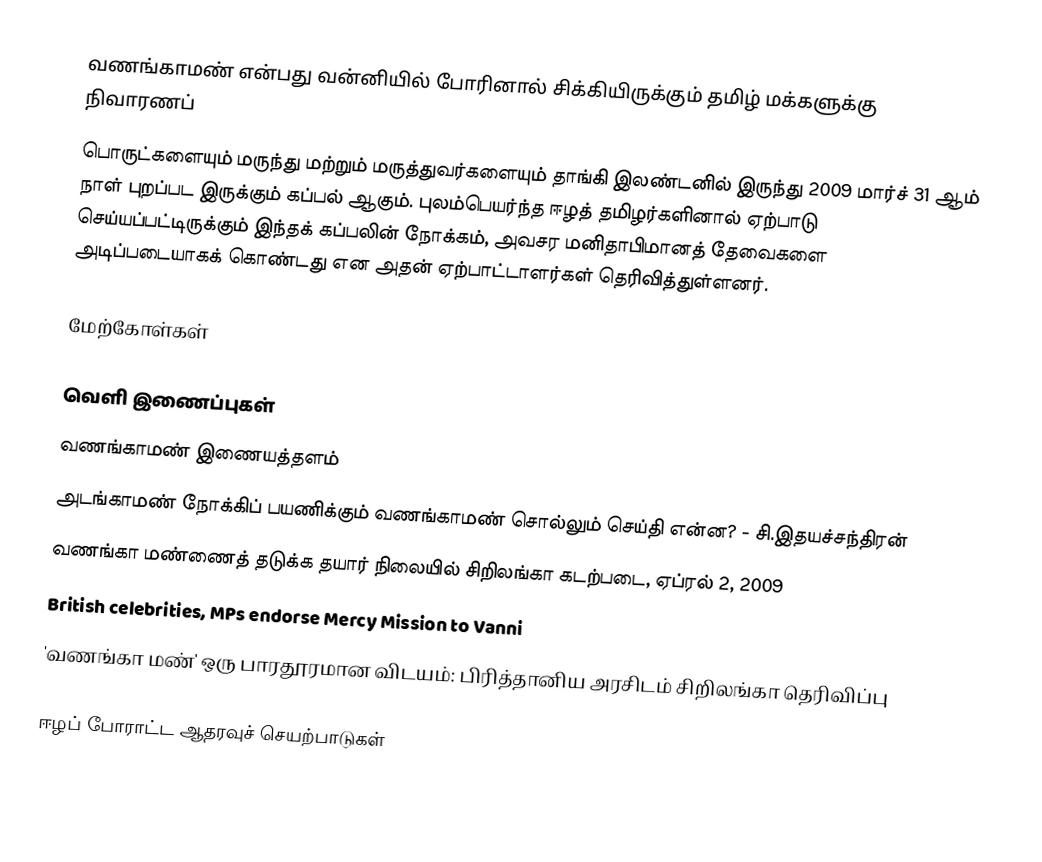
வணங்காமண் என்பது வன்னியில் போரினால் சிக்கியிருக்கும் தமிழ் மக்களுக்கு நிவாரணப்
பொருட்களையும் மருந்து மற்றும் மருத்துவர்களையும் தாங்கி இலண்டனில் இருந்து 2009 மார்ச் 31 ஆம் நாள் புறப்பட இருக்கும் கப்பல் ஆகும். புலம்பெயர்ந்த ஈழத் தமிழர்களினால் ஏற்பாடு செய்யப்பட்டிருக்கும் இந்தக் கப்பலின் நோக்கம், அவசர மனிதாபிமானத் தேவைகளை அடிப்படையாகக் கொண்டது என அதன் ஏற்பாட்டாளர்கள் தெரிவித்துள்ளனர்.

மேற்கோள்கள்

வெளி இணைப்புகள்
 வணங்காமண் இணையத்தளம்
 அடங்காமண் நோக்கிப் பயணிக்கும் வணங்காமண் சொல்லும் செய்தி என்ன? - சி.இதயச்சந்திரன்
 வணங்கா மண்ணைத் தடுக்க தயார் நிலையில் சிறிலங்கா கடற்படை, ஏப்ரல் 2, 2009
 British celebrities, MPs endorse Mercy Mission to Vanni
 'வணங்கா மண்' ஒரு பாரதூரமான விடயம்: பிரித்தானிய அரசிடம் சிறிலங்கா தெரிவிப்பு

ஈழப் போராட்ட ஆதரவுச் செயற்பாடுகள்